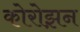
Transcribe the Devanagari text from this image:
कोरोझ़न